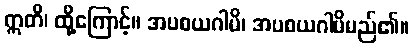
ဣတိ၊ ထို့ကြောင့်။ အပစယဂါမိ၊ အပစယဂါမိမည်၏။